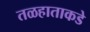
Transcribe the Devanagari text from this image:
तळहाताकडे